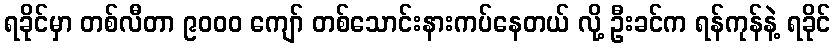
ရခိုင်မှာ တစ်လီတာ ၉၀၀၀ ကျော် တစ်သောင်းနားကပ်နေတယ် လို့ ဦးခင်က ရန်ကုန်နဲ့ ရခိုင်